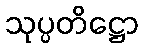
သုပ္ပတိဋ္ဌော